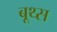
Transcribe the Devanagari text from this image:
बूथ्स